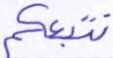
نتبعكم